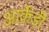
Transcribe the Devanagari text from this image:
आर्केडी